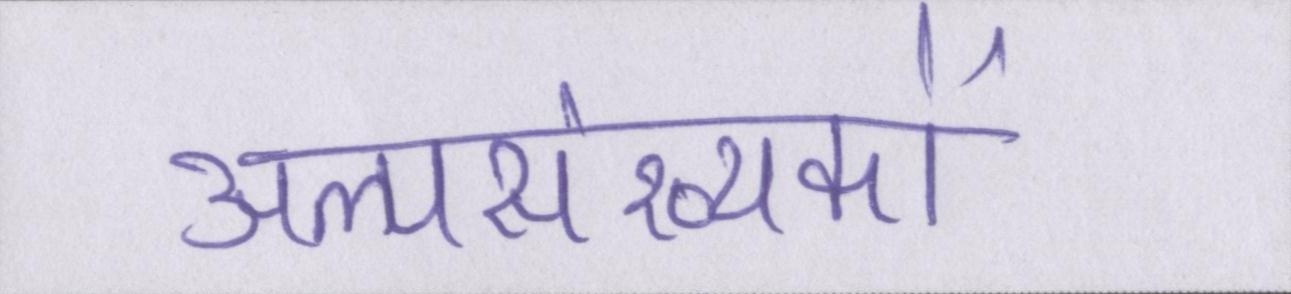
अल्पसंख्यकों